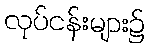
လုပ်ငန်းများ၌